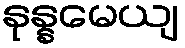
နုန္နမေယျ